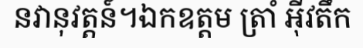
នវានុវត្តន៍។ឯកឧត្តម ត្រាំ អ៊ីវតឹក